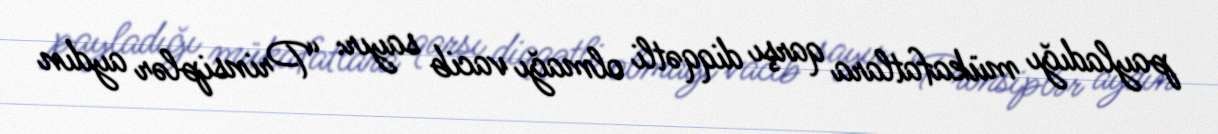
payladığı mükafatlara qarşı diqqətli olmağı vacib sayır: “Prinsiplər aydın